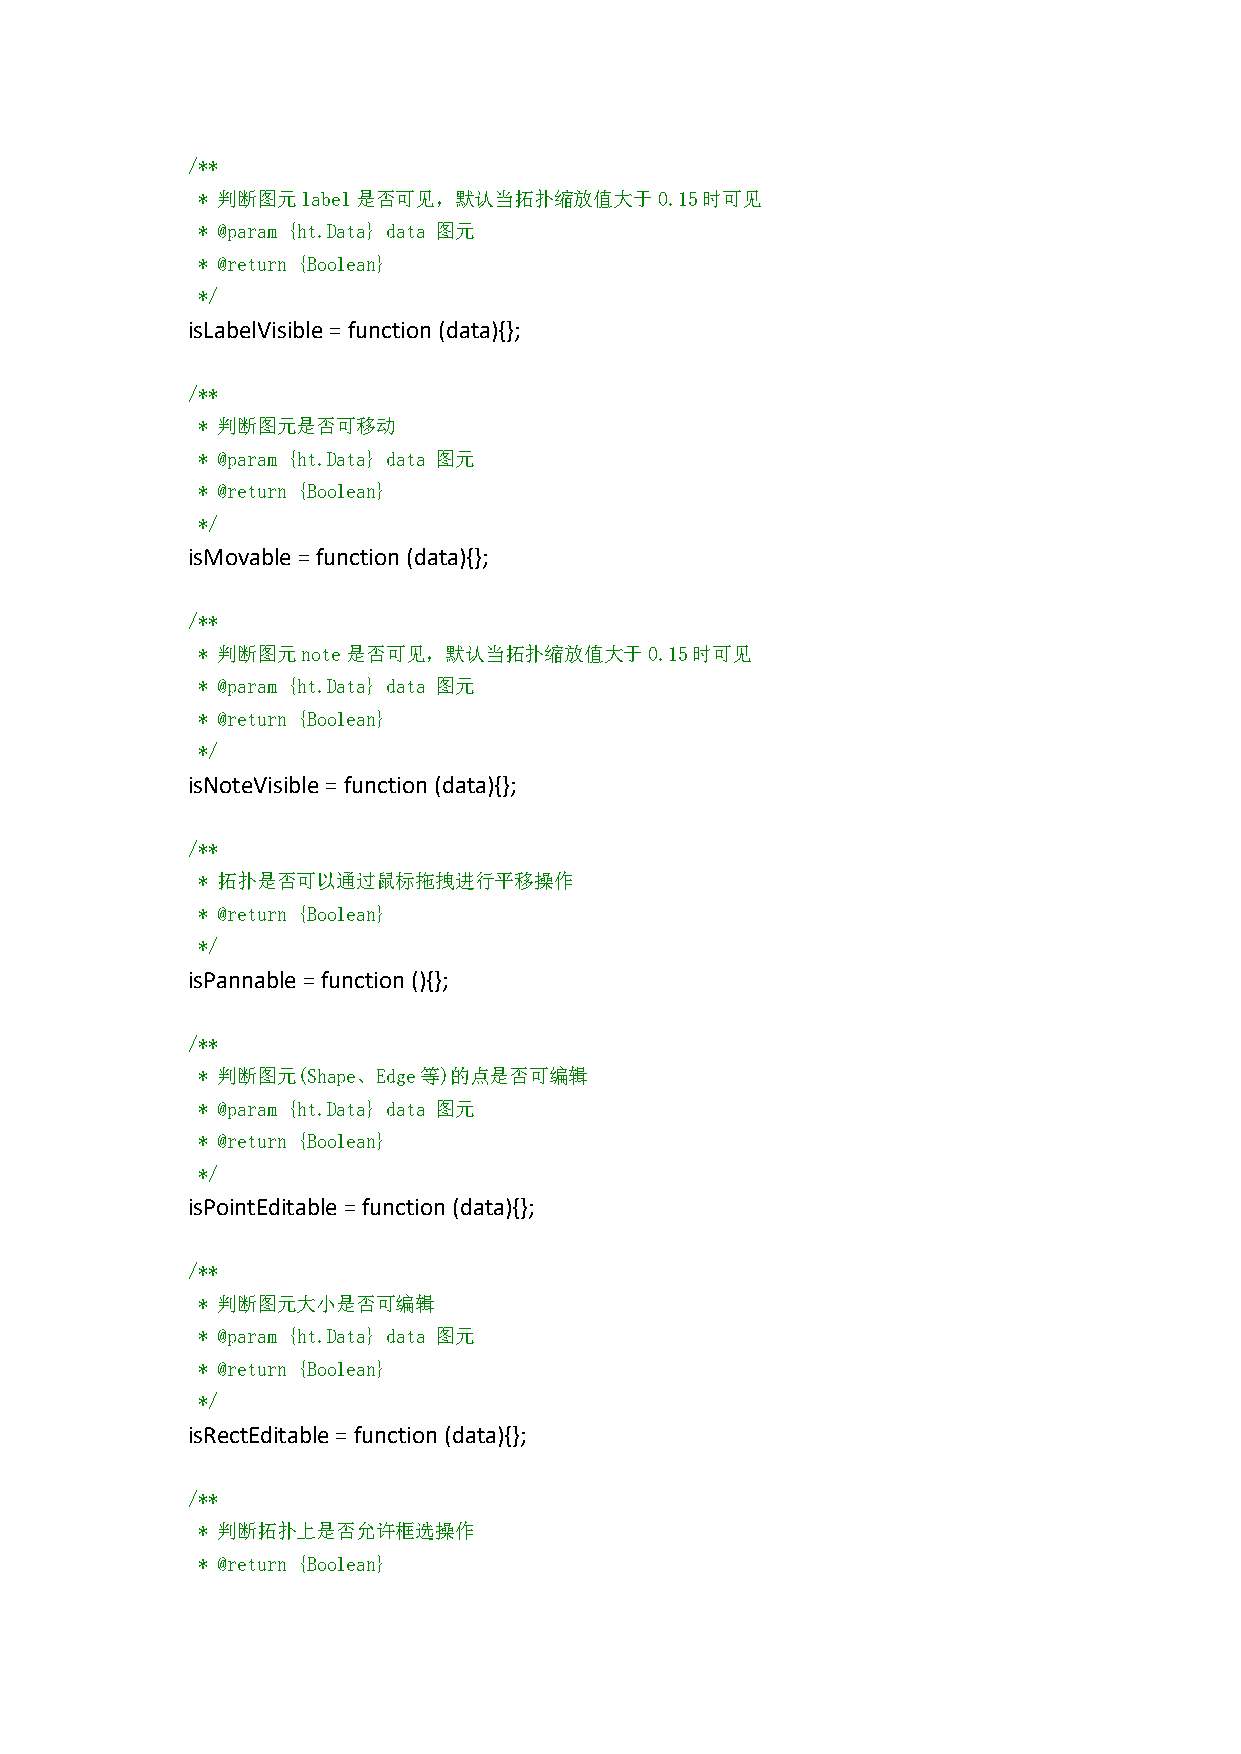
/**
 * 判断图元label是否可见，默认当拓扑缩放值大于0.15时可见
 * @param {ht.Data} data 图元
 * @return {Boolean}
 */
 isLabelVisible=function(data){};
 /**
 * 判断图元是否可移动
 * @param {ht.Data} data 图元
 * @return {Boolean}
 */
 isMovable=function(data){};
 /**
 * 判断图元note是否可见，默认当拓扑缩放值大于0.15时可见
 * @param {ht.Data} data 图元
 * @return {Boolean}
 */
 isNoteVisible=function(data){};
 /**
 * 拓扑是否可以通过鼠标拖拽进行平移操作
 * @return {Boolean}
 */
 isPannable=function(){};
 /**
 * 判断图元(Shape、Edge等)的点是否可编辑
 * @param {ht.Data} data 图元
 * @return {Boolean}
 */
 isPointEditable=function(data){};
 /**
 * 判断图元大小是否可编辑
 * @param {ht.Data} data 图元
 * @return {Boolean}
 */
 isRectEditable=function(data){};
 /**
 * 判断拓扑上是否允许框选操作
 * @return {Boolean}